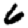
Digit: 6